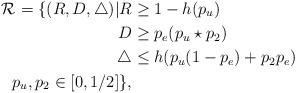
LaTeX: \begin{align*}\mathcal{R}_{} = \{(R,D,\triangle)| R &\geq 1-h(p_u) \\D &\geq p_e(p_u\star p_2) \\\triangle &\leq h(p_u(1-p_e) + p_2p_e)\\ \ p_u,p_2 \in [0,1/2] \},\end{align*}